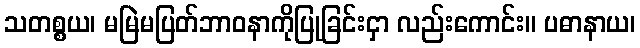
သတစ္စယ၊ မမြဲမပြတ်ဘာဝနာကိုပြုခြင်းငှာ လည်းကောင်း။ ပဓာနာယ၊